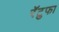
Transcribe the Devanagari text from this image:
रॅटुफा